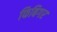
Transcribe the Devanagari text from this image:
फिबिगर